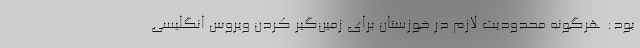
بود: هرگونه محدودیت لازم در خوزستان برای زمین‌گیر کردن ویروس انگلیسی